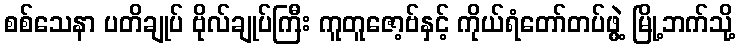
စစ်သေနာ ပတိချုပ် ဗိုလ်ချုပ်ကြီး ကူတူဇော့ဗ်နှင့် ကိုယ်ရံတော်တပ်ဖွဲ့ မြို့ဘက်သို့